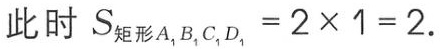
此时 \(S_{矩形A_{1}B_{1}C_{1}D_{1}} = 2\times 1 = 2\).